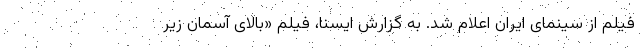
فیلم از سینمای ایران اعلام شد. به گزارش ایسنا، فیلم «بالای آسمان زیر